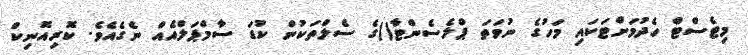
މިޓެސްޓް ހެދުމަށްޓަކައި މަހުގެ ނުވަތަ ޕްލެސެންޓާ()ގެ ސެލްތަކުން ކުޑަ ސާމްޕަލްއެއް ނެގެއެވެ. ކޮރިއޮނިކް